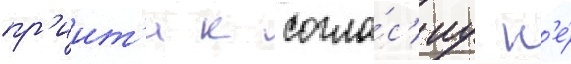
пр'иит'и к согла́с'иу н'е́